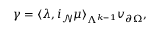
\gamma = \langle \lambda , i _ { \mathcal { N } } \mu \rangle _ { \Lambda ^ { k - 1 } } v _ { \partial \Omega } ,